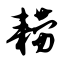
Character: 耢